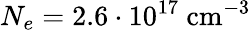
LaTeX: N_{e}=2.6\cdot 10^{17}~\textrm{cm}^{-3}